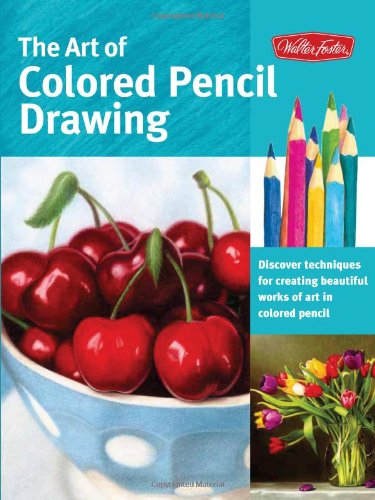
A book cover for The Art of Colored Pencil Drawing: Discover Techniques for Creating Beautiful Works of Art in Colored Pencil (Collector's Series); Cynthia Knox; Arts & Photography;